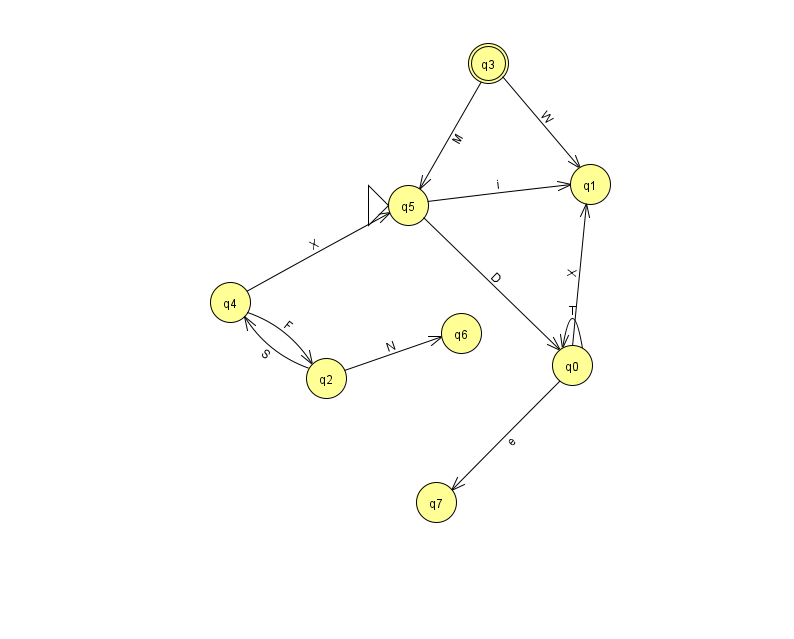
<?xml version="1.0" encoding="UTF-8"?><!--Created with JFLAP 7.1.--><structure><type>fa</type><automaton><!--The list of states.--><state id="0" name="q0"><x>572.0</x><y>352.0</y></state><state id="1" name="q1"><x>590.0</x><y>171.0</y></state><state id="2" name="q2"><x>326.0</x><y>365.0</y></state><state id="3" name="q3"><x>488.0</x><y>50.0</y><final/></state><state id="4" name="q4"><x>230.0</x><y>289.0</y></state><state id="5" name="q5"><x>408.0</x><y>192.0</y><initial/></state><state id="6" name="q6"><x>461.0</x><y>320.0</y></state><state id="7" name="q7"><x>436.0</x><y>489.0</y></state><!--The list of transitions.--><transition><from>4</from><to>2</to><read>F</read></transition><transition><from>0</from><to>0</to><read>T</read></transition><transition><from>2</from><to>4</to><read>S</read></transition><transition><from>5</from><to>1</to><read>i</read></transition><transition><from>0</from><to>1</to><read>X</read></transition><transition><from>4</from><to>5</to><read>X</read></transition><transition><from>5</from><to>0</to><read>D</read></transition><transition><from>3</from><to>1</to><read>W</read></transition><transition><from>0</from><to>7</to><read>e</read></transition><transition><from>2</from><to>6</to><read>N</read></transition><transition><from>3</from><to>5</to><read>M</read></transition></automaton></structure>